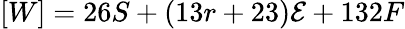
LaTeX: [W]=26S+(13r+23){\cal{\mathcal{E}}}+132F